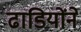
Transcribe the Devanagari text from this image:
ढाडियोंने